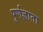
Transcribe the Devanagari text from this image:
पूर्णज्ञाता